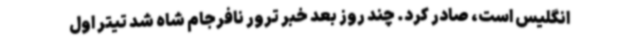
انگلیس است، صادر کرد. چند روز بعد خبر ترور نافرجام شاه شد تیتر اول